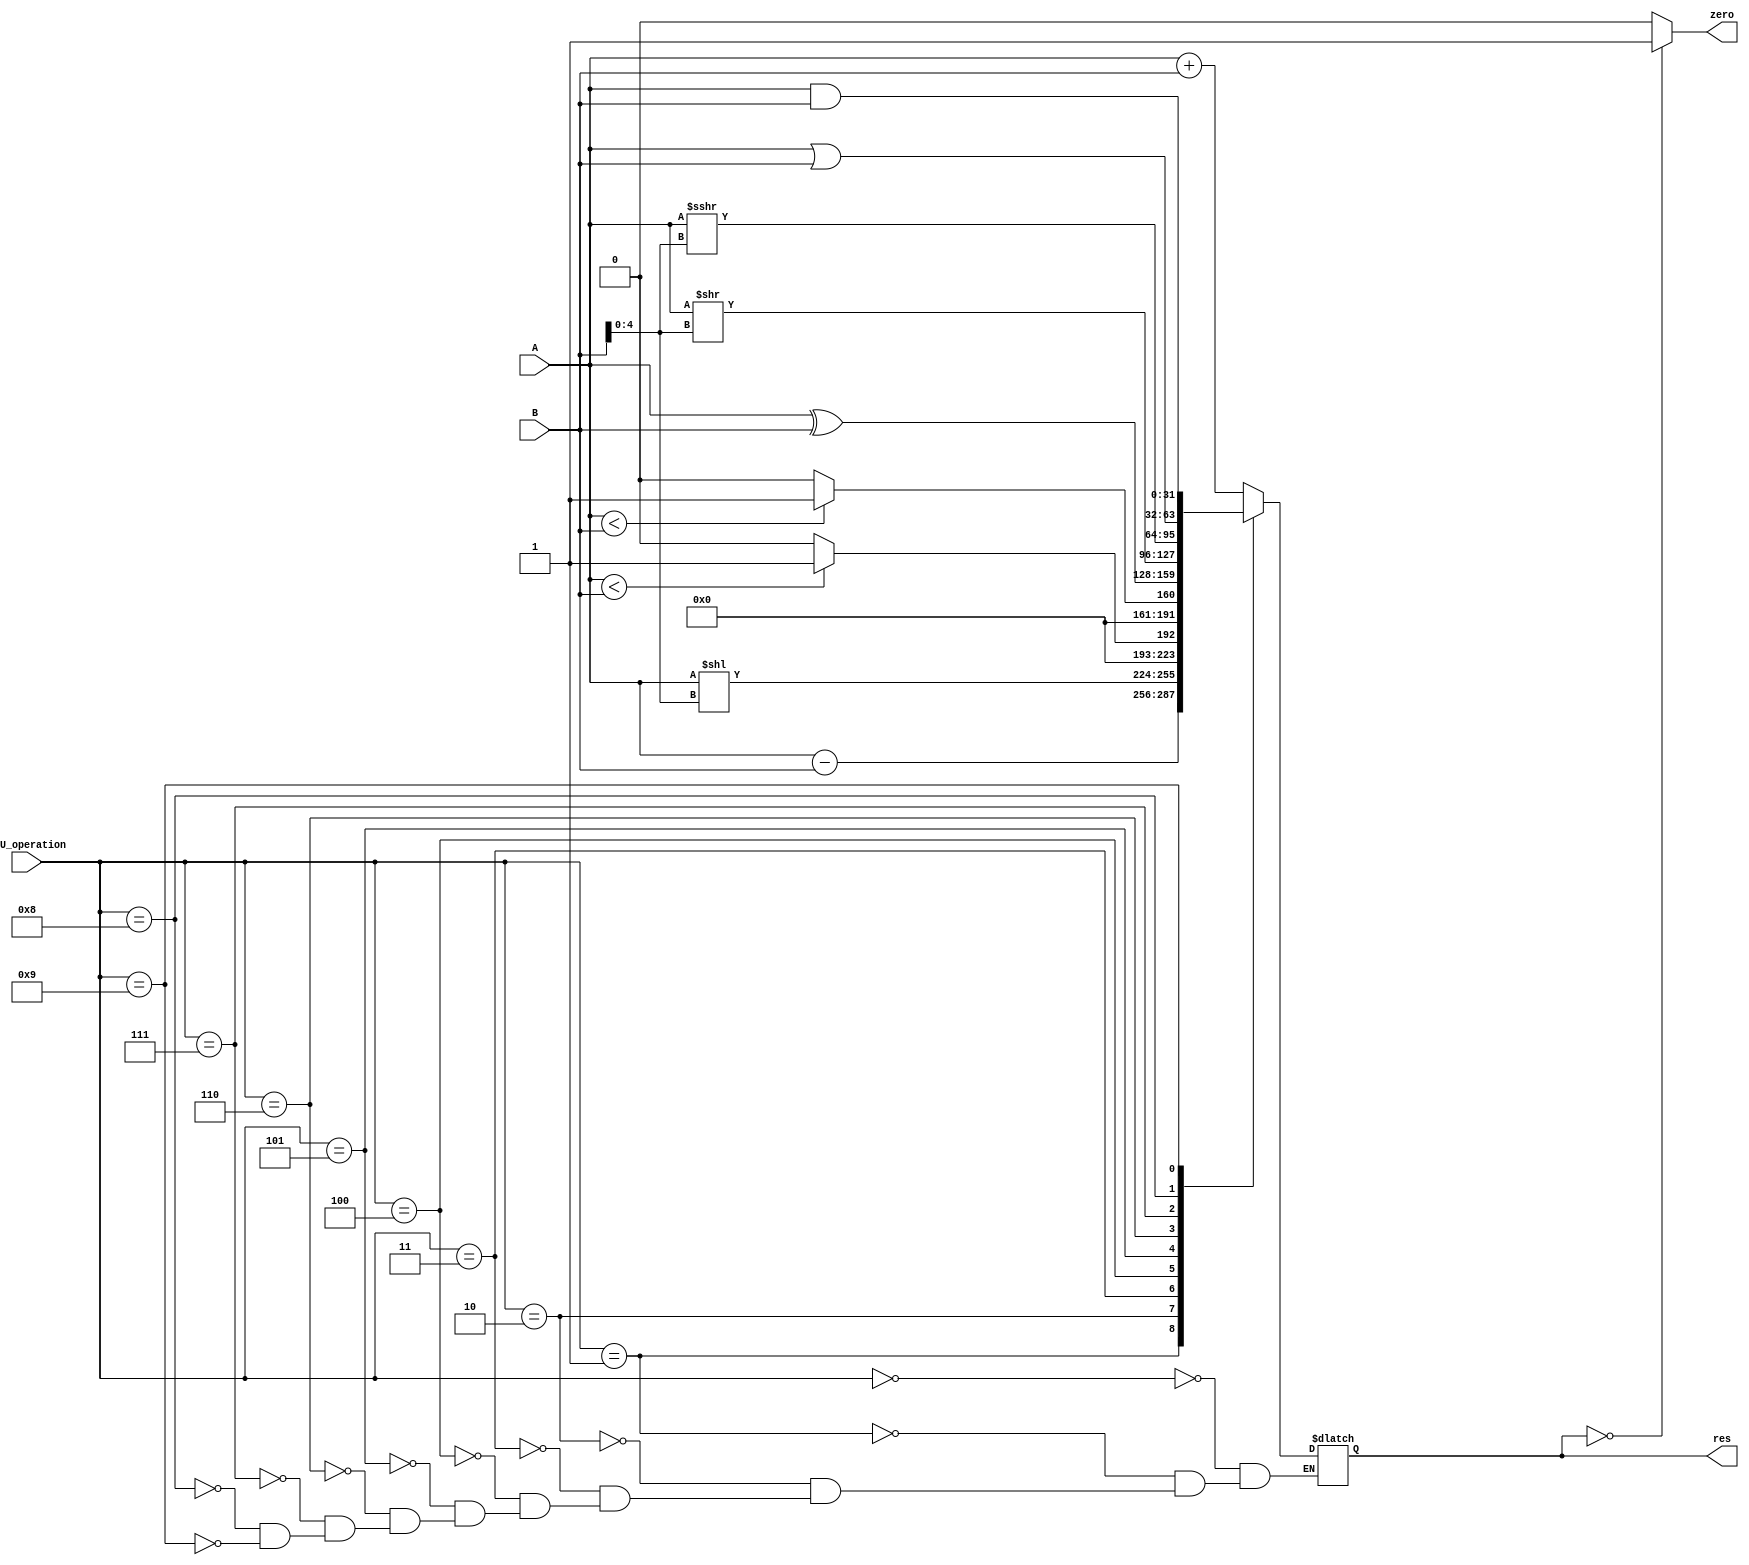
module ALU (
    input [31:0]  A,
    input [31:0]  B,
    input [3:0]   ALU_operation,
    output[31:0]  res,
    output        zero
);
    reg[31:0] tmp;
    always @(*) begin
        case(ALU_operation)
        4'd0: tmp=A+B;
        4'd1: tmp=A-B;
        4'd2: tmp=A<<B[4:0];    //sll
        4'd3: tmp=($signed(A)<$signed(B))? 32'b1 : 32'b0;   //slt
        4'd4: tmp=($unsigned(A)<$unsigned(B))? 32'b1 : 32'b0;   //sltu
        4'd5: tmp=A^B;
        4'd6: tmp=A>>B[4:0];   //srl
        4'd7: tmp=($signed(A))>>>B[4:0];    //sra
        4'd8: tmp=A|B;
        4'd9: tmp=A&B;
        endcase
    end
    assign res=tmp;
    assign zero=(res==0)?1:0;
endmodule